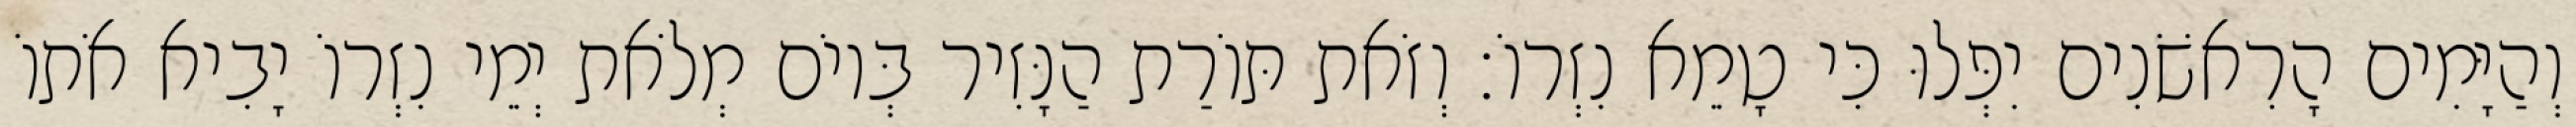
וְהַיָּמִים הָרִאשֹׁנִים יִפְּלוּ כִּי טָמֵא נִזְרוֹ׃ וְזֹאת תּוֹרַת הַנָּזִיר בְּיוֹם מְלֹאת יְמֵי נִזְרוֹ יָבִיא אֹתוֹ